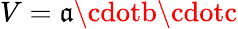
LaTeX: V=\mathfrak{a}\cdotb\cdotc